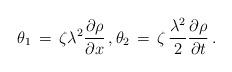
LaTeX: \begin{align*}\theta_{1} \, = \, \zeta \lambda^{2} \frac{\partial \rho}{\partial {x}} \,, \theta_{2} \, = \, \zeta \, \frac{\lambda^{2}}{2} \frac{\partial \rho}{\partial {t}} \, . \end{align*}